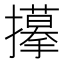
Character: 𢸆